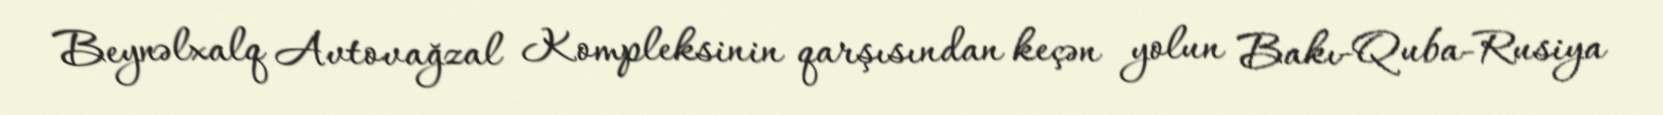
Beynəlxalq Avtovağzal Kompleksinin qarşısından keçən yolun Bakı-Quba-Rusiya